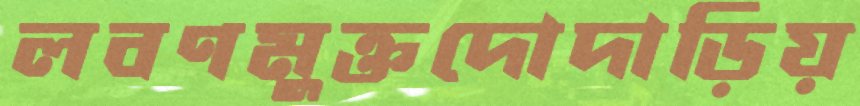
লবণমুক্তদোদাড়িয়